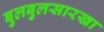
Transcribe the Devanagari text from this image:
बुलबुलसारखा